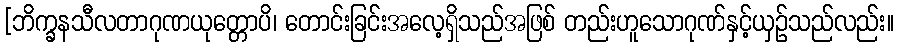
[ဘိက္ခနသီလတာဂုဏယုတ္တောပိ၊ တောင်းခြင်းအလေ့ရှိသည်အဖြစ် တည်းဟူသောဂုဏ်နှင့်ယှဉ်သည်လည်း။